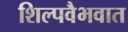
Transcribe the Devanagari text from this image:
शिल्पवैभवात